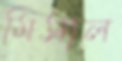
মিসাল